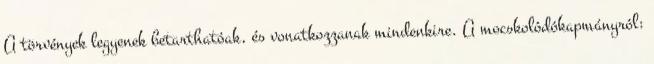
A törvények legyenek betarthatóak, és vonatkozzanak mindenkire. A mocskolódókapmányról: